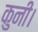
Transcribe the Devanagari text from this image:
कुनी।